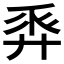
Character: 𢍒